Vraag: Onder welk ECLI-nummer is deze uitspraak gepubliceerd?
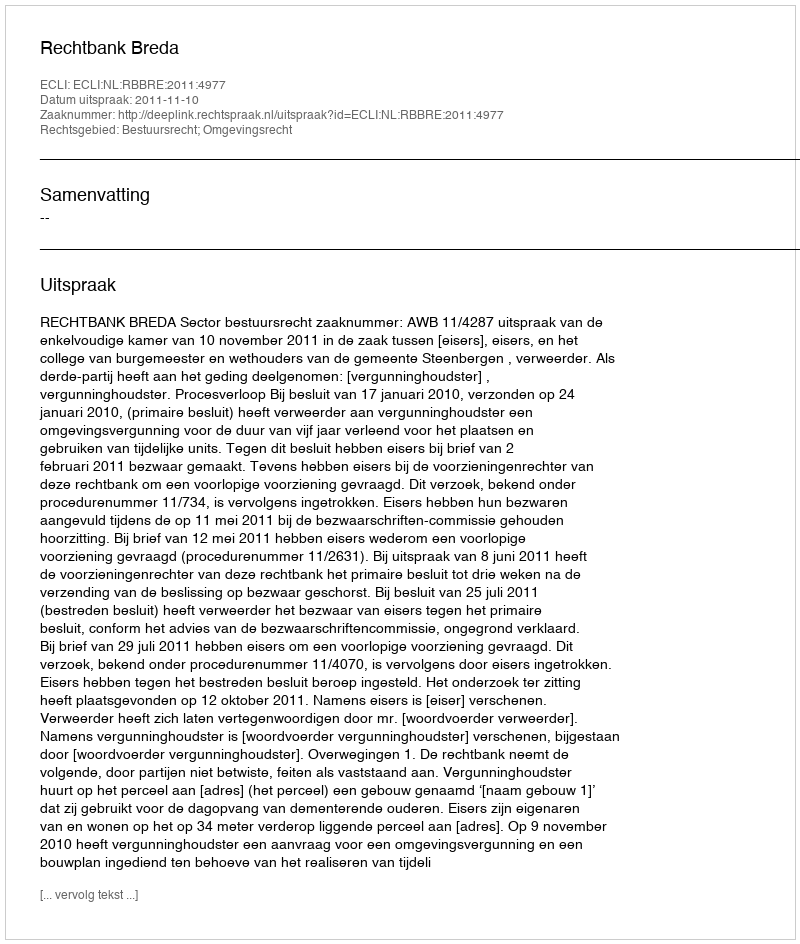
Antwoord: ECLI:NL:RBBRE:2011:4977